Vaccination in Bombay 1874-1876 - 1874-1876
Year: 1874
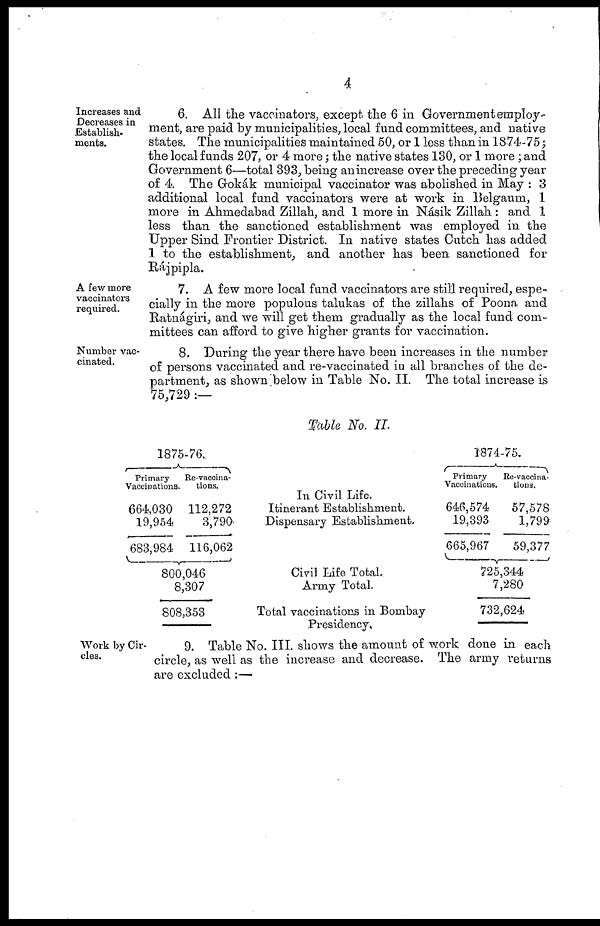
4
Increases and
Decreases in
Establish-
ments.
6. All the vaccinators, except the 6 in Government employ-
ment, are paid by municipalities, local fund committees, and native
states. The municipalities maintained 50, or 1 less than in 1874-75;
the local funds 207, or 4 more; the native states 130, or 1 more ; and
Government 6—total 393, being an increase over the preceding year
of 4. The Gokák municipal vaccinator was abolished in May : 3
additional local fund vaccinators were at work in Belgaum, 1
more in Ahmedabad Zillah, and 1 more in Násik Zillah : and 1
less than the sanctioned establishment was employed in the
Upper Sind Frontier District. In native states Cutch has added
1 to the establishment, and another has been sanctioned for
Rájpipla.
A few more
vaccinators
required.
7. A few more local fund vaccinators are still required, espe-
cially in the more populous talukas of the zillahs of Poona and
Ratnágiri, and we will get them gradually as the local fund com-
mittees can afford to give higher grants for vaccination.
Number vac-
cinated.
8. During the year there have been increases in the number
of persons vaccinated and re-vaccinated in all branches of the de-
partment, as shown below in Table No. II. The total increase is
75,729 :—
Table No. II.
1875-76..
Primary
Vaccinations.
664,030
19,954
683,984
Re-vaccina¬
tions.
112,272
3,790
116,062
800,046
8,307
808,353
In Civil Life.
Itinerant Establishment.
Dispensary Establishment.
Civil Life Total.
Army Total.
Total vaccinations in Bombay
Presidency.
1874-75.
Primary
Vaccinations.
646,574
19,393
665,967
Re-vaccina-
tions.
57,578
1,799
59,377
725,344
7,280
732,624
Work by Cir-
cles.
9. Table No. III. shows the amount of work done in each
circle, as well as the increase and decrease. The army returns
are excluded :—